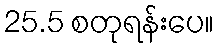
25.5 စတုရန်းပေ။